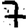
Digit: 7